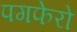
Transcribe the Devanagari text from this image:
पगफेरो